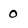
Character: 0